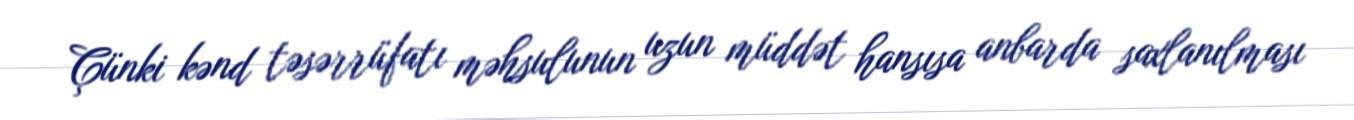
Çünki kənd təsərrüfatı məhsulunun uzun müddət hansısa anbarda saxlanılması